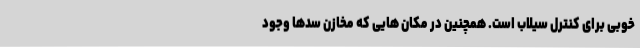
خوبی برای کنترل سیلاب است. همچنین در مکان هایی که مخازن سدها وجود